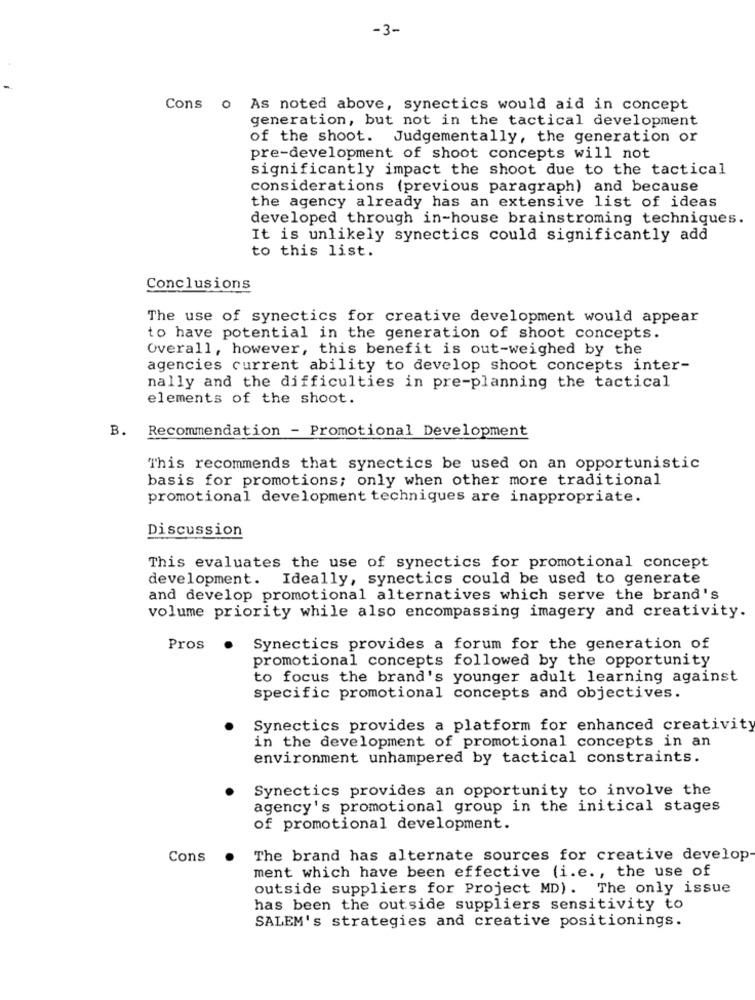
-3-
Cons o As noted above, synectics would aid in concept
generation, but not in the tactical development
of the shoot. Judgementally, the generation or
pre-development of shoot concepts will not
significantly impact the shoot due to the tactical
considerations (previous paragraph) and because
the agency already has an extensive list of ideas
developed through in-house brainstroming techniques.
It is unlikely synectics could significantly add
to this list.
Conclusions
The use of synectics for creative development would appear
to have potential in the generation of shoot concepts.
Overall, however, this benefit is out-weighed by the
agencies current ability to develop shoot concepts inter-
nally and the difficulties in pre-planning the tactical
elements of the shoot.
Recommendation - Promotional Development
B.
This recommends that synectics be used on an opportunistic
basis for promotions; only when other more traditional
promotional development techniques are inappropriate.
Discussion
This evaluates the use of synectics for promotional concept
development. Ideally, synectics could be used to generate
and develop promotional alternatives which serve the brand's
volume priority while also encompassing imagery and creativity.
Pros
Synectics provides a forum for the generation of
promotional concepts followed by the opportunity
to focus the brand's younger adult learning against
specific promotional concepts and objectives.
Synectics provides a platform for enhanced creativity
in the development of promotional concepts in an
environment unhampered by tactical constraints.
Synectics provides an opportunity to involve the
agency's promotional group in the initical stages
of promotional development.
Cons
The brand has alternate sources for creative develop
ment which have been effective (i.e ., the use of
outside suppliers for Project MD). The only issue
has been the outside suppliers sensitivity to
SALEM's strategies and creative positionings.